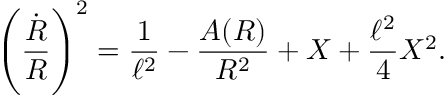
\left( { \frac { \dot { R } } { R } } \right) ^ { 2 } = { \frac { 1 } { \ell ^ { 2 } } } - { \frac { A ( R ) } { R ^ { 2 } } } + X + { \frac { \ell ^ { 2 } } { 4 } } X ^ { 2 } .